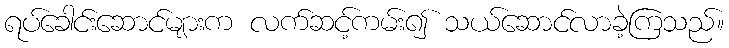
ရပ်ခေါင်းဆောင်များက လက်ဆင့်ကမ်း၍ သယ်ဆောင်လာခဲ့ကြသည်။